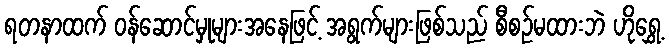
ရတနာထက် ဝန်ဆောင်မှုများအနေဖြင့် အရွက်များဖြစ်သည် စီစဉ်မထားဘဲ ဟိုရွှေ့